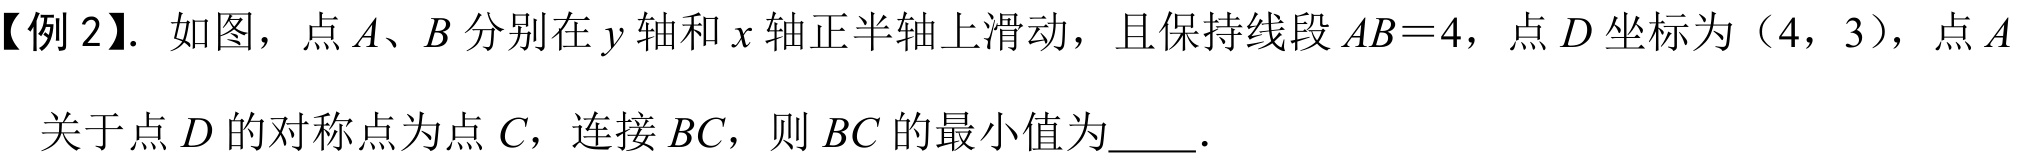
【例2】. 如图，点$A、B$分别在$y$轴和$x$轴正半轴上滑动，且保持线段$AB = 4$，点$D$坐标为（4，3），点$A$关于点$D$的对称点为点$C$，连接$BC$，则$BC$的最小值为  ．